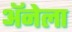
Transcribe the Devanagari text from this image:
अॅनेला